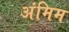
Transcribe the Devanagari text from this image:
अंमिम